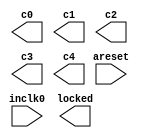
// megafunction wizard: %ALTPLL%VBB%
// GENERATION: STANDARD
// VERSION: WM1.0
// MODULE: altpll 

// ============================================================
// Megafunction Name(s):
// 			altpll
//
// Simulation Library Files(s):
// 			altera_mf
// ============================================================
// ************************************************************
// THIS IS A WIZARD-GENERATED FILE. DO NOT EDIT THIS FILE!
//
// 13.1.0 Build 162 10/23/2013 SJ Web Edition
// ************************************************************

//Copyright (C) 1991-2013 Altera Corporation
//Your use of Altera Corporation's design tools, logic functions 
//and other software and tools, and its AMPP partner logic 
//functions, and any output files from any of the foregoing 
//(including device programming or simulation files), and any 
//associated documentation or information are expressly subject 
//to the terms and conditions of the Altera Program License 
//Subscription Agreement, Altera MegaCore Function License 
//Agreement, or other applicable license agreement, including, 
//without limitation, that your use is for the sole purpose of 
//programming logic devices manufactured by Altera and sold by 
//Altera or its authorized distributors.  Please refer to the 
//applicable agreement for further details.

module pll_spi (
	areset,
	inclk0,
	c0,
	c1,
	c2,
	c3,
	c4,
	locked);

	input	  areset;
	input	  inclk0;
	output	  c0;
	output	  c1;
	output	  c2;
	output	  c3;
	output	  c4;
	output	  locked;
`ifndef ALTERA_RESERVED_QIS
// synopsys translate_off
`endif
	tri0	  areset;
`ifndef ALTERA_RESERVED_QIS
// synopsys translate_on
`endif

endmodule

// ============================================================
// CNX file retrieval info
// ============================================================
// Retrieval info: PRIVATE: ACTIVECLK_CHECK STRING "0"
// Retrieval info: PRIVATE: BANDWIDTH STRING "1.000"
// Retrieval info: PRIVATE: BANDWIDTH_FEATURE_ENABLED STRING "1"
// Retrieval info: PRIVATE: BANDWIDTH_FREQ_UNIT STRING "MHz"
// Retrieval info: PRIVATE: BANDWIDTH_PRESET STRING "Low"
// Retrieval info: PRIVATE: BANDWIDTH_USE_AUTO STRING "1"
// Retrieval info: PRIVATE: BANDWIDTH_USE_PRESET STRING "0"
// Retrieval info: PRIVATE: CLKBAD_SWITCHOVER_CHECK STRING "0"
// Retrieval info: PRIVATE: CLKLOSS_CHECK STRING "0"
// Retrieval info: PRIVATE: CLKSWITCH_CHECK STRING "0"
// Retrieval info: PRIVATE: CNX_NO_COMPENSATE_RADIO STRING "0"
// Retrieval info: PRIVATE: CREATE_CLKBAD_CHECK STRING "0"
// Retrieval info: PRIVATE: CREATE_INCLK1_CHECK STRING "0"
// Retrieval info: PRIVATE: CUR_DEDICATED_CLK STRING "c0"
// Retrieval info: PRIVATE: CUR_FBIN_CLK STRING "c0"
// Retrieval info: PRIVATE: DEVICE_SPEED_GRADE STRING "6"
// Retrieval info: PRIVATE: DIV_FACTOR0 NUMERIC "1"
// Retrieval info: PRIVATE: DIV_FACTOR1 NUMERIC "1"
// Retrieval info: PRIVATE: DIV_FACTOR2 NUMERIC "1"
// Retrieval info: PRIVATE: DIV_FACTOR3 NUMERIC "25"
// Retrieval info: PRIVATE: DIV_FACTOR4 NUMERIC "1"
// Retrieval info: PRIVATE: DUTY_CYCLE0 STRING "50.00000000"
// Retrieval info: PRIVATE: DUTY_CYCLE1 STRING "50.00000000"
// Retrieval info: PRIVATE: DUTY_CYCLE2 STRING "50.00000000"
// Retrieval info: PRIVATE: DUTY_CYCLE3 STRING "50.00000000"
// Retrieval info: PRIVATE: DUTY_CYCLE4 STRING "50.00000000"
// Retrieval info: PRIVATE: EFF_OUTPUT_FREQ_VALUE0 STRING "200.000000"
// Retrieval info: PRIVATE: EFF_OUTPUT_FREQ_VALUE1 STRING "200.000000"
// Retrieval info: PRIVATE: EFF_OUTPUT_FREQ_VALUE2 STRING "200.000000"
// Retrieval info: PRIVATE: EFF_OUTPUT_FREQ_VALUE3 STRING "2.000000"
// Retrieval info: PRIVATE: EFF_OUTPUT_FREQ_VALUE4 STRING "5.000000"
// Retrieval info: PRIVATE: EXPLICIT_SWITCHOVER_COUNTER STRING "0"
// Retrieval info: PRIVATE: EXT_FEEDBACK_RADIO STRING "0"
// Retrieval info: PRIVATE: GLOCKED_COUNTER_EDIT_CHANGED STRING "1"
// Retrieval info: PRIVATE: GLOCKED_FEATURE_ENABLED STRING "0"
// Retrieval info: PRIVATE: GLOCKED_MODE_CHECK STRING "0"
// Retrieval info: PRIVATE: GLOCK_COUNTER_EDIT NUMERIC "1048575"
// Retrieval info: PRIVATE: HAS_MANUAL_SWITCHOVER STRING "1"
// Retrieval info: PRIVATE: INCLK0_FREQ_EDIT STRING "50.000"
// Retrieval info: PRIVATE: INCLK0_FREQ_UNIT_COMBO STRING "MHz"
// Retrieval info: PRIVATE: INCLK1_FREQ_EDIT STRING "100.000"
// Retrieval info: PRIVATE: INCLK1_FREQ_EDIT_CHANGED STRING "1"
// Retrieval info: PRIVATE: INCLK1_FREQ_UNIT_CHANGED STRING "1"
// Retrieval info: PRIVATE: INCLK1_FREQ_UNIT_COMBO STRING "MHz"
// Retrieval info: PRIVATE: INTENDED_DEVICE_FAMILY STRING "Cyclone III"
// Retrieval info: PRIVATE: INT_FEEDBACK__MODE_RADIO STRING "1"
// Retrieval info: PRIVATE: LOCKED_OUTPUT_CHECK STRING "1"
// Retrieval info: PRIVATE: LONG_SCAN_RADIO STRING "1"
// Retrieval info: PRIVATE: LVDS_MODE_DATA_RATE STRING "Not Available"
// Retrieval info: PRIVATE: LVDS_MODE_DATA_RATE_DIRTY NUMERIC "0"
// Retrieval info: PRIVATE: LVDS_PHASE_SHIFT_UNIT0 STRING "deg"
// Retrieval info: PRIVATE: LVDS_PHASE_SHIFT_UNIT1 STRING "ps"
// Retrieval info: PRIVATE: LVDS_PHASE_SHIFT_UNIT2 STRING "ps"
// Retrieval info: PRIVATE: LVDS_PHASE_SHIFT_UNIT3 STRING "ps"
// Retrieval info: PRIVATE: LVDS_PHASE_SHIFT_UNIT4 STRING "ps"
// Retrieval info: PRIVATE: MIG_DEVICE_SPEED_GRADE STRING "Any"
// Retrieval info: PRIVATE: MIRROR_CLK0 STRING "0"
// Retrieval info: PRIVATE: MIRROR_CLK1 STRING "0"
// Retrieval info: PRIVATE: MIRROR_CLK2 STRING "0"
// Retrieval info: PRIVATE: MIRROR_CLK3 STRING "0"
// Retrieval info: PRIVATE: MIRROR_CLK4 STRING "0"
// Retrieval info: PRIVATE: MULT_FACTOR0 NUMERIC "1"
// Retrieval info: PRIVATE: MULT_FACTOR1 NUMERIC "1"
// Retrieval info: PRIVATE: MULT_FACTOR2 NUMERIC "1"
// Retrieval info: PRIVATE: MULT_FACTOR3 NUMERIC "1"
// Retrieval info: PRIVATE: MULT_FACTOR4 NUMERIC "1"
// Retrieval info: PRIVATE: NORMAL_MODE_RADIO STRING "1"
// Retrieval info: PRIVATE: OUTPUT_FREQ0 STRING "200.00000000"
// Retrieval info: PRIVATE: OUTPUT_FREQ1 STRING "200.00000000"
// Retrieval info: PRIVATE: OUTPUT_FREQ2 STRING "200.00000000"
// Retrieval info: PRIVATE: OUTPUT_FREQ3 STRING "2.00000000"
// Retrieval info: PRIVATE: OUTPUT_FREQ4 STRING "5.00000000"
// Retrieval info: PRIVATE: OUTPUT_FREQ_MODE0 STRING "1"
// Retrieval info: PRIVATE: OUTPUT_FREQ_MODE1 STRING "1"
// Retrieval info: PRIVATE: OUTPUT_FREQ_MODE2 STRING "1"
// Retrieval info: PRIVATE: OUTPUT_FREQ_MODE3 STRING "1"
// Retrieval info: PRIVATE: OUTPUT_FREQ_MODE4 STRING "1"
// Retrieval info: PRIVATE: OUTPUT_FREQ_UNIT0 STRING "MHz"
// Retrieval info: PRIVATE: OUTPUT_FREQ_UNIT1 STRING "MHz"
// Retrieval info: PRIVATE: OUTPUT_FREQ_UNIT2 STRING "MHz"
// Retrieval info: PRIVATE: OUTPUT_FREQ_UNIT3 STRING "MHz"
// Retrieval info: PRIVATE: OUTPUT_FREQ_UNIT4 STRING "MHz"
// Retrieval info: PRIVATE: PHASE_RECONFIG_FEATURE_ENABLED STRING "1"
// Retrieval info: PRIVATE: PHASE_RECONFIG_INPUTS_CHECK STRING "0"
// Retrieval info: PRIVATE: PHASE_SHIFT0 STRING "75.00000000"
// Retrieval info: PRIVATE: PHASE_SHIFT1 STRING "90.00000000"
// Retrieval info: PRIVATE: PHASE_SHIFT2 STRING "105.00000000"
// Retrieval info: PRIVATE: PHASE_SHIFT3 STRING "0.00000000"
// Retrieval info: PRIVATE: PHASE_SHIFT4 STRING "180.00000000"
// Retrieval info: PRIVATE: PHASE_SHIFT_STEP_ENABLED_CHECK STRING "0"
// Retrieval info: PRIVATE: PHASE_SHIFT_UNIT0 STRING "deg"
// Retrieval info: PRIVATE: PHASE_SHIFT_UNIT1 STRING "deg"
// Retrieval info: PRIVATE: PHASE_SHIFT_UNIT2 STRING "deg"
// Retrieval info: PRIVATE: PHASE_SHIFT_UNIT3 STRING "deg"
// Retrieval info: PRIVATE: PHASE_SHIFT_UNIT4 STRING "deg"
// Retrieval info: PRIVATE: PLL_ADVANCED_PARAM_CHECK STRING "0"
// Retrieval info: PRIVATE: PLL_ARESET_CHECK STRING "1"
// Retrieval info: PRIVATE: PLL_AUTOPLL_CHECK NUMERIC "1"
// Retrieval info: PRIVATE: PLL_ENHPLL_CHECK NUMERIC "0"
// Retrieval info: PRIVATE: PLL_FASTPLL_CHECK NUMERIC "0"
// Retrieval info: PRIVATE: PLL_FBMIMIC_CHECK STRING "0"
// Retrieval info: PRIVATE: PLL_LVDS_PLL_CHECK NUMERIC "0"
// Retrieval info: PRIVATE: PLL_PFDENA_CHECK STRING "0"
// Retrieval info: PRIVATE: PLL_TARGET_HARCOPY_CHECK NUMERIC "0"
// Retrieval info: PRIVATE: PRIMARY_CLK_COMBO STRING "inclk0"
// Retrieval info: PRIVATE: RECONFIG_FILE STRING "pll_spi.mif"
// Retrieval info: PRIVATE: SACN_INPUTS_CHECK STRING "0"
// Retrieval info: PRIVATE: SCAN_FEATURE_ENABLED STRING "1"
// Retrieval info: PRIVATE: SELF_RESET_LOCK_LOSS STRING "0"
// Retrieval info: PRIVATE: SHORT_SCAN_RADIO STRING "0"
// Retrieval info: PRIVATE: SPREAD_FEATURE_ENABLED STRING "0"
// Retrieval info: PRIVATE: SPREAD_FREQ STRING "50.000"
// Retrieval info: PRIVATE: SPREAD_FREQ_UNIT STRING "KHz"
// Retrieval info: PRIVATE: SPREAD_PERCENT STRING "0.500"
// Retrieval info: PRIVATE: SPREAD_USE STRING "0"
// Retrieval info: PRIVATE: SRC_SYNCH_COMP_RADIO STRING "0"
// Retrieval info: PRIVATE: STICKY_CLK0 STRING "1"
// Retrieval info: PRIVATE: STICKY_CLK1 STRING "1"
// Retrieval info: PRIVATE: STICKY_CLK2 STRING "1"
// Retrieval info: PRIVATE: STICKY_CLK3 STRING "1"
// Retrieval info: PRIVATE: STICKY_CLK4 STRING "1"
// Retrieval info: PRIVATE: SWITCHOVER_COUNT_EDIT NUMERIC "1"
// Retrieval info: PRIVATE: SWITCHOVER_FEATURE_ENABLED STRING "1"
// Retrieval info: PRIVATE: SYNTH_WRAPPER_GEN_POSTFIX STRING "0"
// Retrieval info: PRIVATE: USE_CLK0 STRING "1"
// Retrieval info: PRIVATE: USE_CLK1 STRING "1"
// Retrieval info: PRIVATE: USE_CLK2 STRING "1"
// Retrieval info: PRIVATE: USE_CLK3 STRING "1"
// Retrieval info: PRIVATE: USE_CLK4 STRING "1"
// Retrieval info: PRIVATE: USE_CLKENA0 STRING "0"
// Retrieval info: PRIVATE: USE_CLKENA1 STRING "0"
// Retrieval info: PRIVATE: USE_CLKENA2 STRING "0"
// Retrieval info: PRIVATE: USE_CLKENA3 STRING "0"
// Retrieval info: PRIVATE: USE_CLKENA4 STRING "0"
// Retrieval info: PRIVATE: USE_MIL_SPEED_GRADE NUMERIC "0"
// Retrieval info: PRIVATE: ZERO_DELAY_RADIO STRING "0"
// Retrieval info: LIBRARY: altera_mf altera_mf.altera_mf_components.all
// Retrieval info: CONSTANT: BANDWIDTH_TYPE STRING "AUTO"
// Retrieval info: CONSTANT: CLK0_DIVIDE_BY NUMERIC "1"
// Retrieval info: CONSTANT: CLK0_DUTY_CYCLE NUMERIC "50"
// Retrieval info: CONSTANT: CLK0_MULTIPLY_BY NUMERIC "4"
// Retrieval info: CONSTANT: CLK0_PHASE_SHIFT STRING "1042"
// Retrieval info: CONSTANT: CLK1_DIVIDE_BY NUMERIC "1"
// Retrieval info: CONSTANT: CLK1_DUTY_CYCLE NUMERIC "50"
// Retrieval info: CONSTANT: CLK1_MULTIPLY_BY NUMERIC "4"
// Retrieval info: CONSTANT: CLK1_PHASE_SHIFT STRING "1250"
// Retrieval info: CONSTANT: CLK2_DIVIDE_BY NUMERIC "1"
// Retrieval info: CONSTANT: CLK2_DUTY_CYCLE NUMERIC "50"
// Retrieval info: CONSTANT: CLK2_MULTIPLY_BY NUMERIC "4"
// Retrieval info: CONSTANT: CLK2_PHASE_SHIFT STRING "1458"
// Retrieval info: CONSTANT: CLK3_DIVIDE_BY NUMERIC "25"
// Retrieval info: CONSTANT: CLK3_DUTY_CYCLE NUMERIC "50"
// Retrieval info: CONSTANT: CLK3_MULTIPLY_BY NUMERIC "1"
// Retrieval info: CONSTANT: CLK3_PHASE_SHIFT STRING "0"
// Retrieval info: CONSTANT: CLK4_DIVIDE_BY NUMERIC "10"
// Retrieval info: CONSTANT: CLK4_DUTY_CYCLE NUMERIC "50"
// Retrieval info: CONSTANT: CLK4_MULTIPLY_BY NUMERIC "1"
// Retrieval info: CONSTANT: CLK4_PHASE_SHIFT STRING "100000"
// Retrieval info: CONSTANT: COMPENSATE_CLOCK STRING "CLK0"
// Retrieval info: CONSTANT: INCLK0_INPUT_FREQUENCY NUMERIC "20000"
// Retrieval info: CONSTANT: INTENDED_DEVICE_FAMILY STRING "Cyclone III"
// Retrieval info: CONSTANT: LPM_TYPE STRING "altpll"
// Retrieval info: CONSTANT: OPERATION_MODE STRING "NORMAL"
// Retrieval info: CONSTANT: PLL_TYPE STRING "AUTO"
// Retrieval info: CONSTANT: PORT_ACTIVECLOCK STRING "PORT_UNUSED"
// Retrieval info: CONSTANT: PORT_ARESET STRING "PORT_USED"
// Retrieval info: CONSTANT: PORT_CLKBAD0 STRING "PORT_UNUSED"
// Retrieval info: CONSTANT: PORT_CLKBAD1 STRING "PORT_UNUSED"
// Retrieval info: CONSTANT: PORT_CLKLOSS STRING "PORT_UNUSED"
// Retrieval info: CONSTANT: PORT_CLKSWITCH STRING "PORT_UNUSED"
// Retrieval info: CONSTANT: PORT_CONFIGUPDATE STRING "PORT_UNUSED"
// Retrieval info: CONSTANT: PORT_FBIN STRING "PORT_UNUSED"
// Retrieval info: CONSTANT: PORT_INCLK0 STRING "PORT_USED"
// Retrieval info: CONSTANT: PORT_INCLK1 STRING "PORT_UNUSED"
// Retrieval info: CONSTANT: PORT_LOCKED STRING "PORT_USED"
// Retrieval info: CONSTANT: PORT_PFDENA STRING "PORT_UNUSED"
// Retrieval info: CONSTANT: PORT_PHASECOUNTERSELECT STRING "PORT_UNUSED"
// Retrieval info: CONSTANT: PORT_PHASEDONE STRING "PORT_UNUSED"
// Retrieval info: CONSTANT: PORT_PHASESTEP STRING "PORT_UNUSED"
// Retrieval info: CONSTANT: PORT_PHASEUPDOWN STRING "PORT_UNUSED"
// Retrieval info: CONSTANT: PORT_PLLENA STRING "PORT_UNUSED"
// Retrieval info: CONSTANT: PORT_SCANACLR STRING "PORT_UNUSED"
// Retrieval info: CONSTANT: PORT_SCANCLK STRING "PORT_UNUSED"
// Retrieval info: CONSTANT: PORT_SCANCLKENA STRING "PORT_UNUSED"
// Retrieval info: CONSTANT: PORT_SCANDATA STRING "PORT_UNUSED"
// Retrieval info: CONSTANT: PORT_SCANDATAOUT STRING "PORT_UNUSED"
// Retrieval info: CONSTANT: PORT_SCANDONE STRING "PORT_UNUSED"
// Retrieval info: CONSTANT: PORT_SCANREAD STRING "PORT_UNUSED"
// Retrieval info: CONSTANT: PORT_SCANWRITE STRING "PORT_UNUSED"
// Retrieval info: CONSTANT: PORT_clk0 STRING "PORT_USED"
// Retrieval info: CONSTANT: PORT_clk1 STRING "PORT_USED"
// Retrieval info: CONSTANT: PORT_clk2 STRING "PORT_USED"
// Retrieval info: CONSTANT: PORT_clk3 STRING "PORT_USED"
// Retrieval info: CONSTANT: PORT_clk4 STRING "PORT_USED"
// Retrieval info: CONSTANT: PORT_clk5 STRING "PORT_UNUSED"
// Retrieval info: CONSTANT: PORT_clkena0 STRING "PORT_UNUSED"
// Retrieval info: CONSTANT: PORT_clkena1 STRING "PORT_UNUSED"
// Retrieval info: CONSTANT: PORT_clkena2 STRING "PORT_UNUSED"
// Retrieval info: CONSTANT: PORT_clkena3 STRING "PORT_UNUSED"
// Retrieval info: CONSTANT: PORT_clkena4 STRING "PORT_UNUSED"
// Retrieval info: CONSTANT: PORT_clkena5 STRING "PORT_UNUSED"
// Retrieval info: CONSTANT: PORT_extclk0 STRING "PORT_UNUSED"
// Retrieval info: CONSTANT: PORT_extclk1 STRING "PORT_UNUSED"
// Retrieval info: CONSTANT: PORT_extclk2 STRING "PORT_UNUSED"
// Retrieval info: CONSTANT: PORT_extclk3 STRING "PORT_UNUSED"
// Retrieval info: CONSTANT: SELF_RESET_ON_LOSS_LOCK STRING "OFF"
// Retrieval info: CONSTANT: WIDTH_CLOCK NUMERIC "5"
// Retrieval info: USED_PORT: @clk 0 0 5 0 OUTPUT_CLK_EXT VCC "@clk[4..0]"
// Retrieval info: USED_PORT: areset 0 0 0 0 INPUT GND "areset"
// Retrieval info: USED_PORT: c0 0 0 0 0 OUTPUT_CLK_EXT VCC "c0"
// Retrieval info: USED_PORT: c1 0 0 0 0 OUTPUT_CLK_EXT VCC "c1"
// Retrieval info: USED_PORT: c2 0 0 0 0 OUTPUT_CLK_EXT VCC "c2"
// Retrieval info: USED_PORT: c3 0 0 0 0 OUTPUT_CLK_EXT VCC "c3"
// Retrieval info: USED_PORT: c4 0 0 0 0 OUTPUT_CLK_EXT VCC "c4"
// Retrieval info: USED_PORT: inclk0 0 0 0 0 INPUT_CLK_EXT GND "inclk0"
// Retrieval info: USED_PORT: locked 0 0 0 0 OUTPUT GND "locked"
// Retrieval info: CONNECT: @areset 0 0 0 0 areset 0 0 0 0
// Retrieval info: CONNECT: @inclk 0 0 1 1 GND 0 0 0 0
// Retrieval info: CONNECT: @inclk 0 0 1 0 inclk0 0 0 0 0
// Retrieval info: CONNECT: c0 0 0 0 0 @clk 0 0 1 0
// Retrieval info: CONNECT: c1 0 0 0 0 @clk 0 0 1 1
// Retrieval info: CONNECT: c2 0 0 0 0 @clk 0 0 1 2
// Retrieval info: CONNECT: c3 0 0 0 0 @clk 0 0 1 3
// Retrieval info: CONNECT: c4 0 0 0 0 @clk 0 0 1 4
// Retrieval info: CONNECT: locked 0 0 0 0 @locked 0 0 0 0
// Retrieval info: GEN_FILE: TYPE_NORMAL pll_spi.v TRUE
// Retrieval info: GEN_FILE: TYPE_NORMAL pll_spi.ppf TRUE
// Retrieval info: GEN_FILE: TYPE_NORMAL pll_spi.inc FALSE
// Retrieval info: GEN_FILE: TYPE_NORMAL pll_spi.cmp FALSE
// Retrieval info: GEN_FILE: TYPE_NORMAL pll_spi.bsf FALSE
// Retrieval info: GEN_FILE: TYPE_NORMAL pll_spi_inst.v FALSE
// Retrieval info: GEN_FILE: TYPE_NORMAL pll_spi_bb.v TRUE
// Retrieval info: LIB_FILE: altera_mf
// Retrieval info: CBX_MODULE_PREFIX: ON